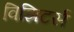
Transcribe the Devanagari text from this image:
विझिटर्स